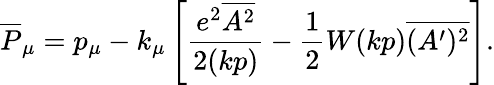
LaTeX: \overline{{{P}}}_{\mu}=p_{\mu}-k_{\mu}\left[\frac{e^{2}\overline{{{A^{2}}}}}{2(kp)}-\frac 12W(kp)\overline{{{(A^{\prime})^{2}}}}\right].